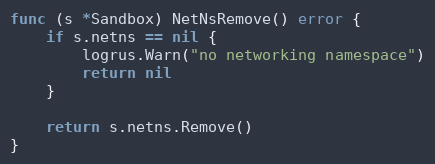
Language: Go
func (s *Sandbox) NetNsRemove() error {
	if s.netns == nil {
		logrus.Warn("no networking namespace")
		return nil
	}

	return s.netns.Remove()
}